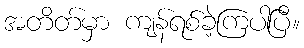
အတိတ်မှာ ကျန်ရစ်ခဲ့ကြပါပြီ။